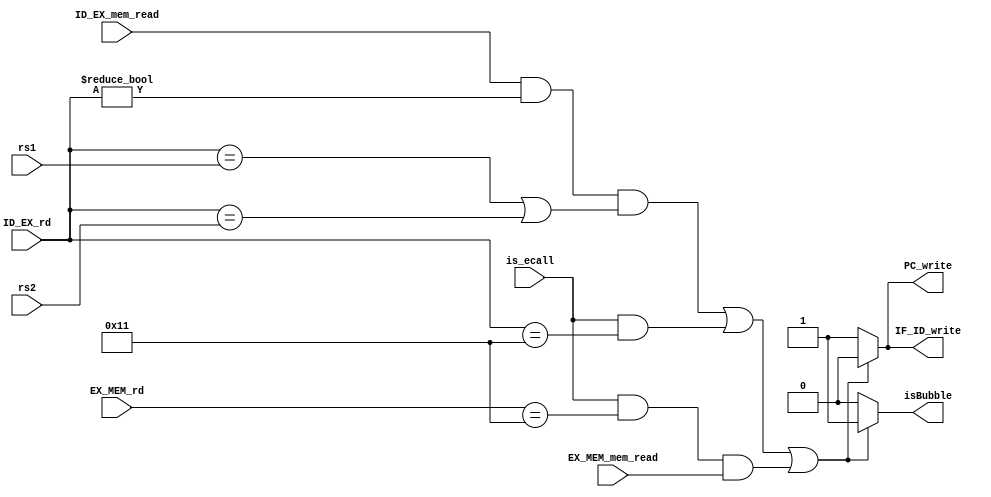
module HazardDetectionUnit(
                           input ID_EX_mem_read,
                           input EX_MEM_mem_read,
                           input [4:0] ID_EX_rd,
                           input [4:0] EX_MEM_rd,
                           input [4:0] rs1,
                           input [4:0] rs2,
                           input is_ecall,
                           output reg PC_write,
                           output reg IF_ID_write,
                           output reg isBubble
);

    wire load_hazard;
    wire ecall_hazard;
    wire load_ecall_hazard;
    
    assign load_hazard = (ID_EX_mem_read && ID_EX_rd != 0) && ((ID_EX_rd == rs1) || (ID_EX_rd == rs2));
    assign ecall_hazard = is_ecall && (ID_EX_rd == 17);
    assign load_ecall_hazard = is_ecall && (EX_MEM_rd == 17) && (EX_MEM_mem_read);
    
    always @(*) begin
        PC_write = 1'b1;
        IF_ID_write = 1'b1;
        isBubble = 1'b0;
        
        if ( load_hazard || ecall_hazard || load_ecall_hazard ) begin
            PC_write = 1'b0;
            IF_ID_write = 1'b0;
            isBubble = 1'b1;
        end
    end

endmodule